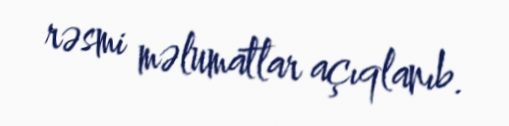
rəsmi məlumatlar açıqlanıb.